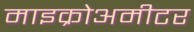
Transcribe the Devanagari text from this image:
माइक्रोअमीटर